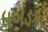
ધબડકો